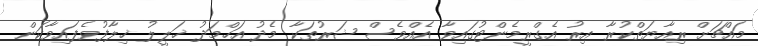
މައްޗަށް ރިއާޔަތްކުރާ އިރު އެގްރީމެންޓުގައިވާ އެއްވެސް ޝަރުތަކާ މެދު އަހްމަދު ޚަލީލު ޚިލާފުވެފައިވާކަން